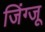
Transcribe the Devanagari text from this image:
जिंग्जू